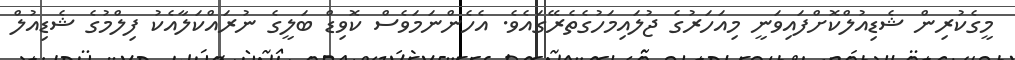
މީގެކުރިން ޝެޑިއުލްކޮށްފައިވަނީ މިއަހަރުގެ ޖުލައިމަހުގެތެރޭގައެވެ. އެހެންނަމަވެސް ކޮވިޑް ބަލީގެ ނުރައްކަލާއެކު ފިލްމުގެ ޝެޑިއުލް